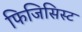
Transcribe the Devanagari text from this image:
फिजिसिस्ट